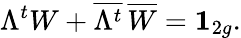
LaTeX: \Lambda^{t}W+{\overline{{{\Lambda^{t}}}}}\, {\overline{{{W}}}}={\mathbf{1}}_{2g}.